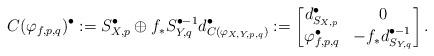
LaTeX: \begin{align*}C(\varphi_{f,p,q})^{\bullet} := S^{\bullet}_{X,p} \oplus f_{*}S^{\bullet-1}_{Y,q} d^{\bullet}_{C(\varphi_{X,Y,p,q})} := \begin{bmatrix} d^{\bullet}_{S_{X,p}} & 0 \\ \varphi_{f,p,q}^{\bullet} & -f_{*}d^{\bullet-1}_{S_{Y,q}} \end{bmatrix}.\end{align*}